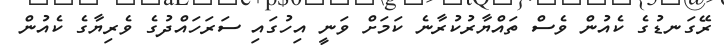
ރޭގަނޑުގެ ކެއުން ވެސް ތައްޔާރުކުރާނެ ކަމަށް ވަނީ އިހުގައި ސަރަހައްދުގެ ވެރިޔާގެ ކެއުން